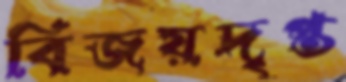
বিজয়দৃপ্ত